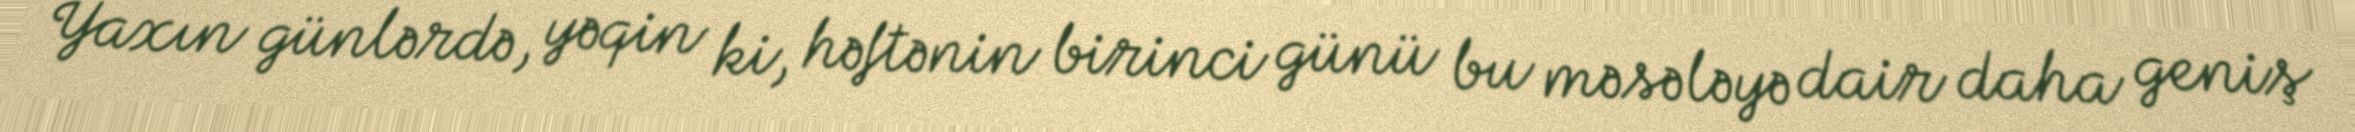
Yaxın günlərdə, yəqin ki, həftənin birinci günü bu məsələyə dair daha geniş